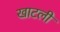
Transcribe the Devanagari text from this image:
खाटली